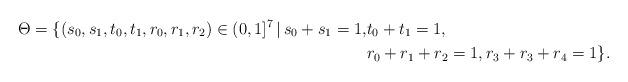
LaTeX: \begin{align*}\Theta = \{ (s_0,s_1,t_0,t_1,r_0,r_1,r_2) \in (0,1]^7\, |\, s_0+s_1=1, &t_0+t_1=1, \\&r_0+r_1+r_2=1, r_3+r_3+r_4=1\}.\end{align*}